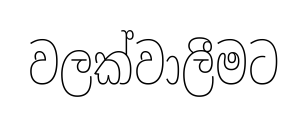
වලක්වාලීමට